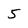
Character: 5